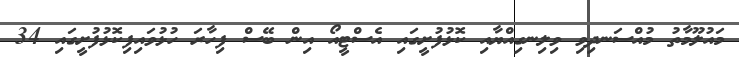
މައުލޫމާތު މުއްސަނދިވި ވިލިނގިއްޔާއި ކޮޅުފުށީގައި އެސްޓީއޯ އިން ބޭސް ފިހާރަ ހުޅުވައިފިކޮޅުފުށީގައި 34